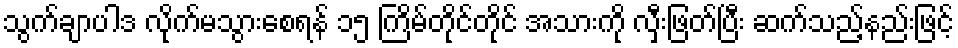
သွက်ချာပါဒ လိုက်မသွားစေရန် ၁၅ ကြိမ်တိုင်တိုင် အသားကို လှီးဖြတ်ပြီး ဆက်သည့်နည်းဖြင့်